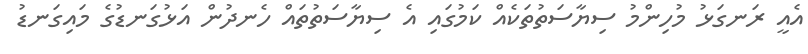
އެއީ ރަނގަޅު މުހިންމު ސިޔާސަތުތަކެއް ކަމުގައި އެ ސިޔާސަތުތައް ހެނދުން އަޅުގަނޑުގެ މައިގަނޑު